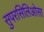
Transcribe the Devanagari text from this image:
सुपरसिलिओसा